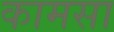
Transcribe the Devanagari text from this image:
कामसा